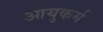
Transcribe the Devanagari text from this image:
आयुकर्म